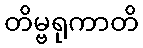
တိမ္ဗရုကာတိ